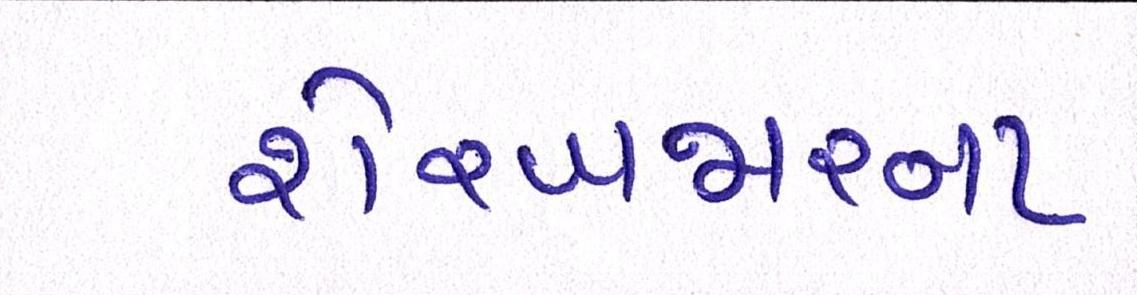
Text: શેરબજારના